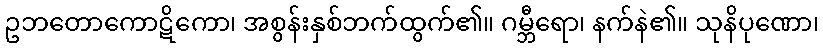
ဥဘတောကောဋိကော၊ အစွန်းနှစ်ဘက်ထွက်၏။ ဂမ္ဘီရော၊ နက်နဲ၏။ သုနိပုဏော၊